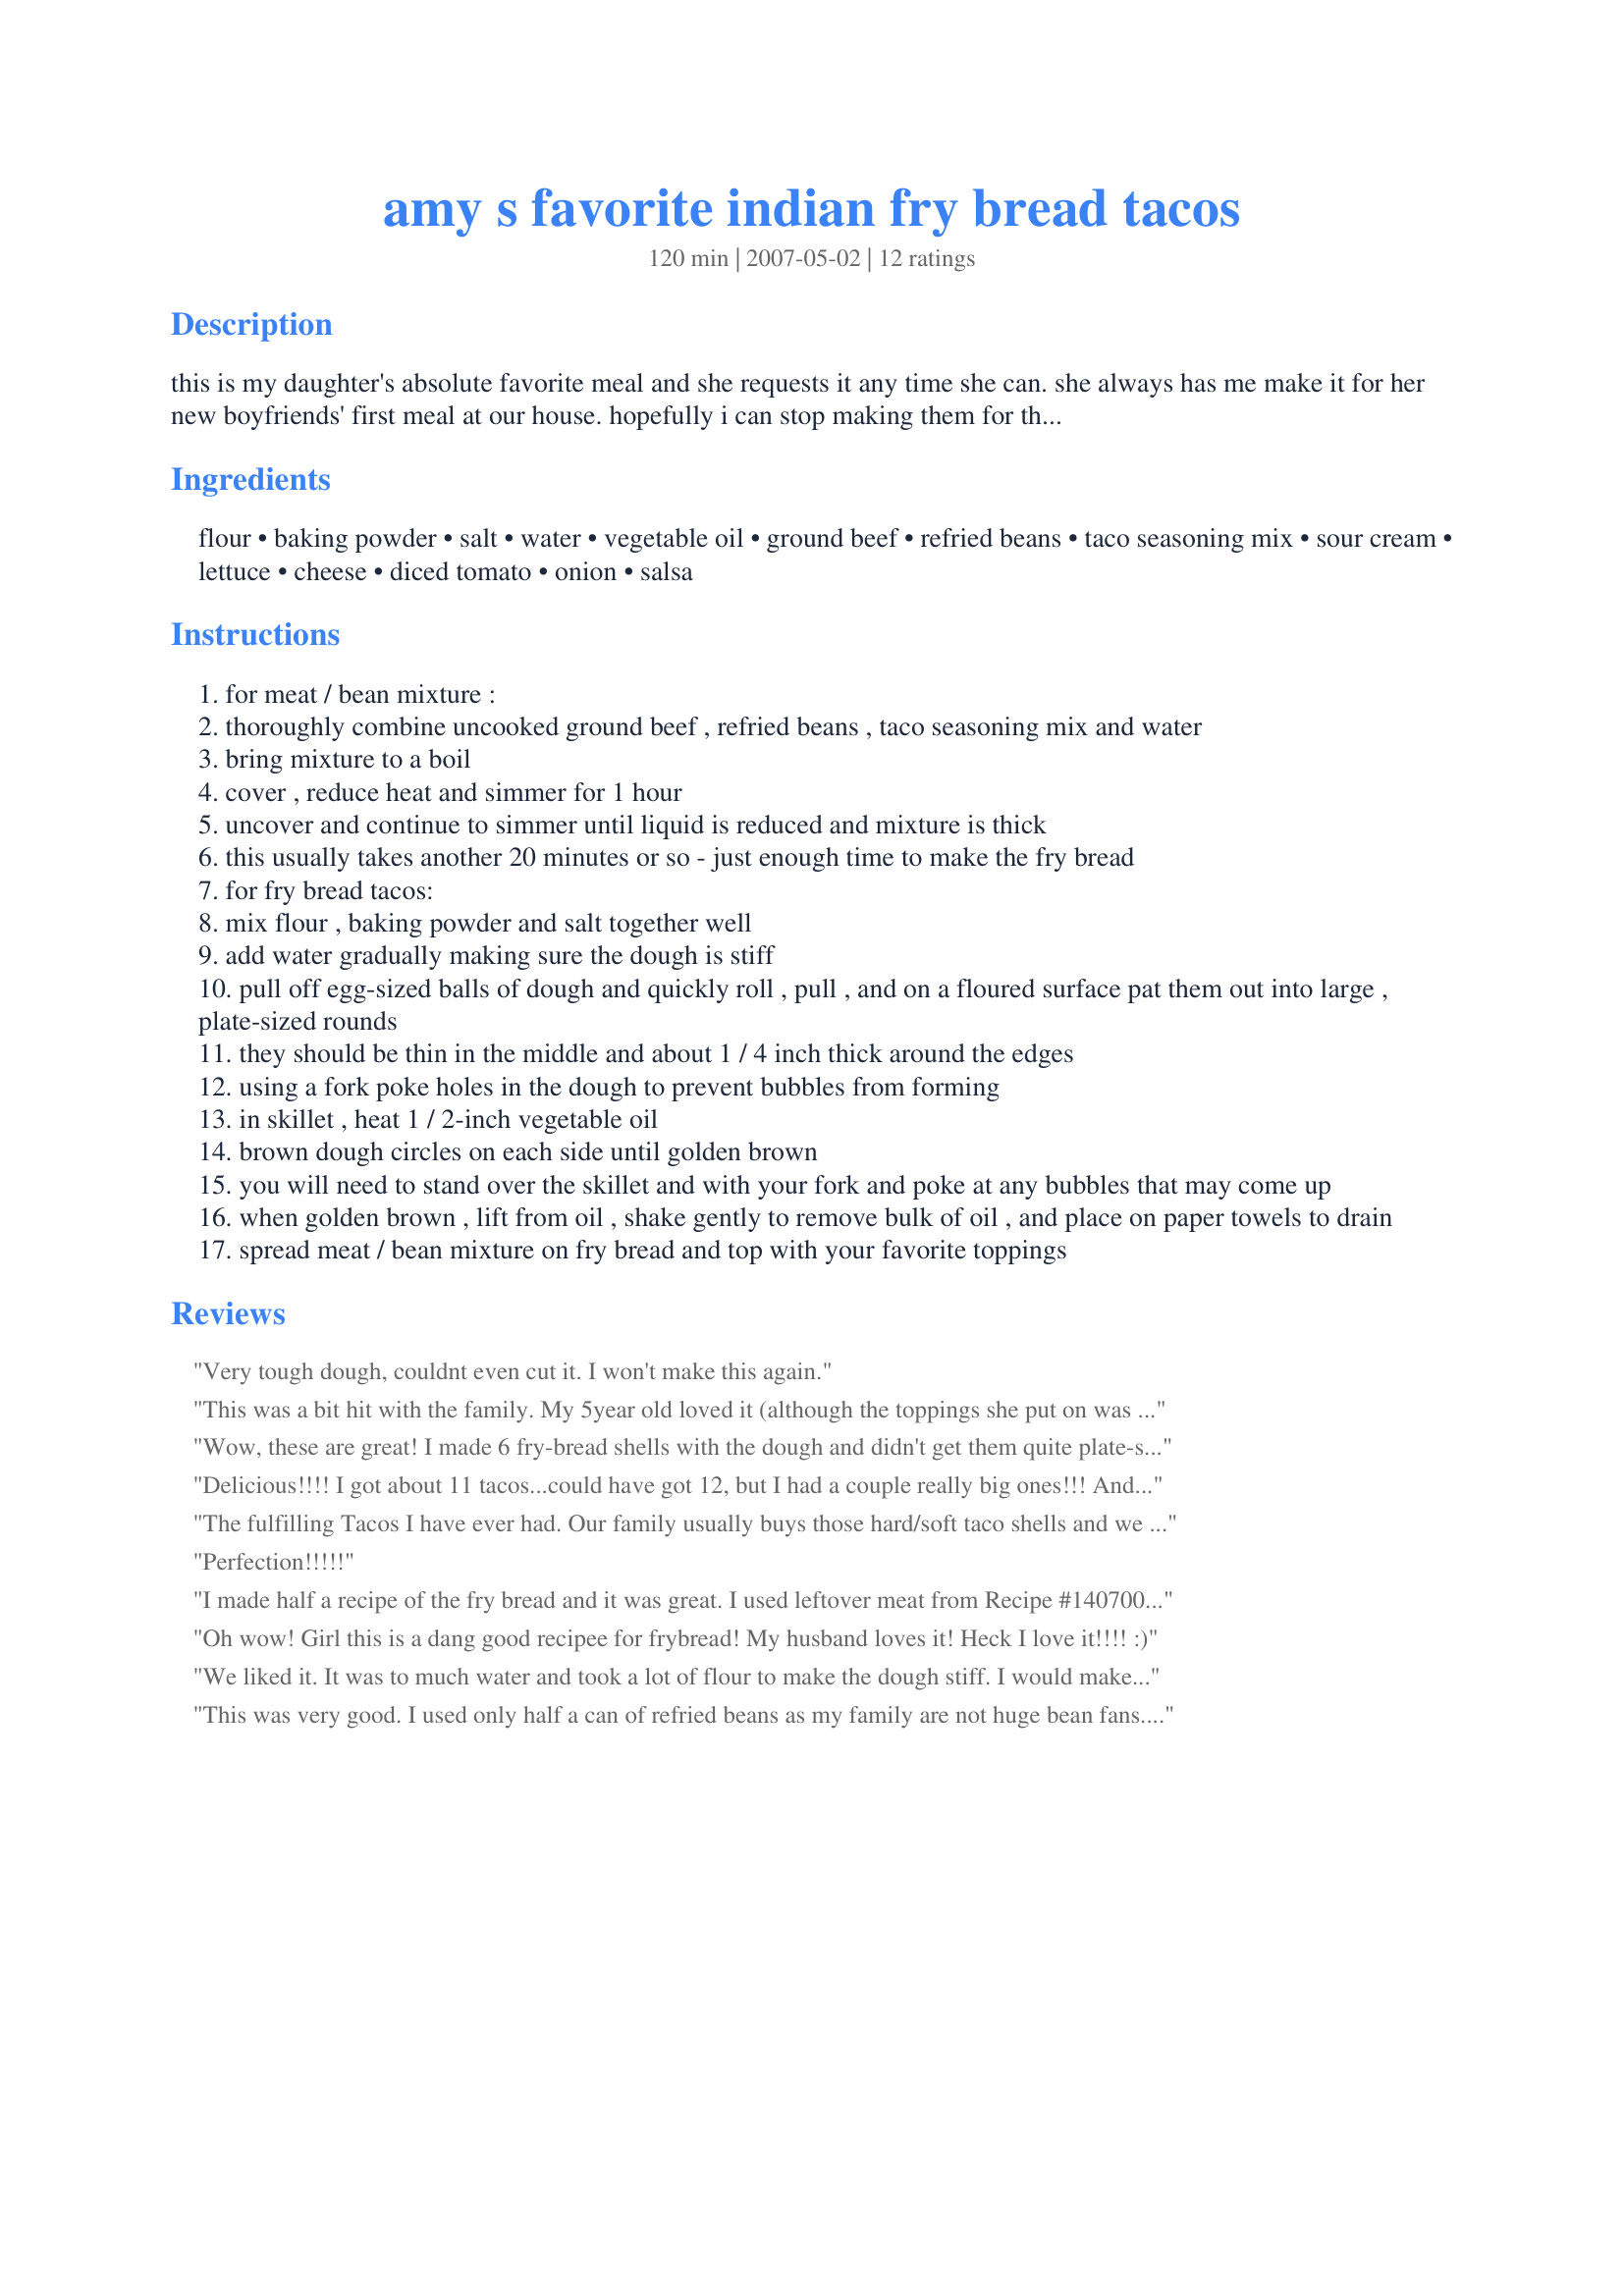
amy s favorite indian fry bread tacos
Preparation time: 120 minutes

this is my daughter's absolute favorite meal and she requests it any time she can. she always has me make it for her new boyfriends' first meal at our house. hopefully i can stop making them for that occasion because i really like her current boyfriend (update 2008: guess i have to keep making these 'cuz the boyfriend turned fiance ended up being a dud) :-)! everyone always gives this meal great reviews and although it is a bit time-consuming, it is very much worth it! start the meat and bean mixture first and then when you take the lid of the pan to reduce the liquid, start the fry bread recipe so that they are still warm when you are ready to serve.

Ingredients:
flour, baking powder, salt, water, vegetable oil, ground beef, refried beans, taco seasoning mix, sour cream, lettuce, cheese, diced tomato, onion, salsa

Steps:
for meat / bean mixture :
thoroughly combine uncooked ground beef , refried beans , taco seasoning mix and water
bring mixture to a boil
cover , reduce heat and simmer for 1 hour
uncover and continue to simmer until liquid is reduced and mixture is thick
this usually takes another 20 minutes or so - just enough time to make the fry bread
for fry bread tacos:
mix flour , baking powder and salt together well
add water gradually making sure the dough is stiff
pull off egg-sized balls of dough and quickly roll , pull , and on a floured surface pat them out into large , plate-sized rounds
they should be thin in the middle and about 1 / 4 inch thick around the edges
using a fork poke holes in the dough to prevent bubbles from forming
in skillet , heat 1 / 2-inch vegetable oil
brown dough circles on each side until golden brown
you will need to stand over the skillet and with your fork and poke at any bubbles that may come up
when golden brown , lift from oil , shake gently to remove bulk of oil , and place on paper towels to drain
spread meat / bean mixture on fry bread and top with your favorite toppings

Reviews:
Very tough dough, couldnt even cut it. I won't make this again.
This was a bit hit with the family. My 5year old loved it (although the toppings she put on was Cheese and Sour Cream with the meat/bean mixture underneath. Very, very filling. I couldn't eat a whole one, but I think I made the fry bread's too big. Had leftover's so tonight will make just the fry bread again!
Wow, these are great! I made 6 fry-bread shells with the dough and didn't get them quite plate-sized. I think I need more practice, and my family assured me that they would gladly eat all the practice I can muster! I started out with the oil not hot enough, and quickly adjusted up to high heat so they would cook faster and absorb less oil. For the meat and bean mixture, I substituted 1 c. TVP softened in 1 c. water for the hamburger, then proceeded with the beans and some chipotle taco seasoning mix I had on hand. It was incredible, and I've already been thinking about all the ways I can use that scrumptious filling. Thank you for a wonderful and fun recipe. Our DD is only a year or two away from dating, so it's good to have a "boyfriend meal" ready to go!!! :-)
Delicious!!!! I got about 11 tacos...could have got 12, but I had a couple really big ones!!! And getting a nice shape took practice, but my boys got to practice geography as they were naming the shapes....Hawaii, Maine, West Virginia!!! We served with cheese, tomatoes, red onion, cilantro, sour cream, and salsa!
The fulfilling Tacos I have ever had. Our family usually buys those hard/soft taco shells and we go through them like mad. Well No More...we will be using this recipe from here on out. I only ate one and a half tacos and could usually eat 4 to 5 of the other kind...and still feel like I could eat more. Thank you so much for posting this recipe, it is now worth while for me to make Tacos...and the Bread is really good!!!!! Oh and mine made 10 tacos because I made small ones for my little man...who said hmm this good supper mommy! thanks
Perfection!!!!!
I made half a recipe of the fry bread and it was great. I used leftover meat from Recipe #140700. Loved it. Will have this one often.
Oh wow! Girl this is a dang good recipee for frybread! My husband loves it! Heck I love it!!!! :)
We liked it. It was to much water and took a lot of flour to make the dough stiff. I would make it again.
This was very good. I used only half a can of refried beans as my family are not huge bean fans. We had enough filling left over for "mexican spaghetti" the next night. I had some trouble with the fry bread. I ended up with a very wet dough and extremely messy hands. Next time I'll be more light handed when adding the water. After adding more flour, kneading it for a bit and letting it sit for 10 or so minutes, I had more success. I fried them in a dry skillet to avoid the extra oil and they turned out great.
Super easy to put together and wonderful taste. It's a hit in my family.
Not bad, but very temperamental dough. I had to add quite a bit of flour to get it to form a stiff dough. It cooked up nicely, but a bit too chewy for biting. This was because of the extra flour and working, I'm sure. I might try this one again, but not sure. Can't rate anything else, as all I made from this was the bread. Thanks for the recipe, anyway.
